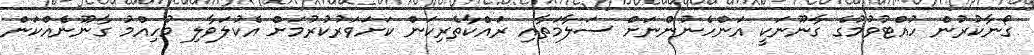
ގޯނާކުރުން ހުއްޓުވުމުގެ ގާނޫނަކީ އަންހެނުންނަށް ސަލާމަތާއި ރައްކާތެރިކަން ކަށަވަރުކުރުމަށް އެކުލަވާލި މުހިއްމު ގާނޫނެއްކަން